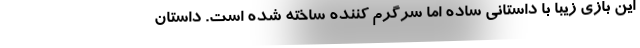
این بازی زیبا با داستانی ساده اما سرگرم کننده ساخته شده است. داستان